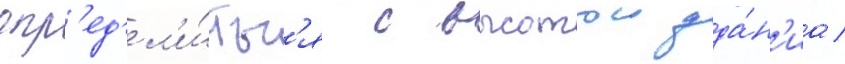
опр'ед'ел'и́тьс'я с высотои зда́н'иа